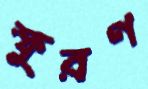
স্ফুরণ